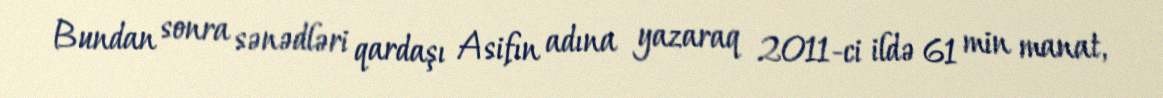
Bundan sonra sənədləri qardaşı Asifın adına yazaraq 2011-ci ildə 61 min manat,